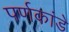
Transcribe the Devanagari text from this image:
पर्णकांडे